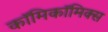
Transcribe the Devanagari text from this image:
काॅमिकॉमिक्स